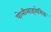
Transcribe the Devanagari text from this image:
पोलीसाइथेमिक